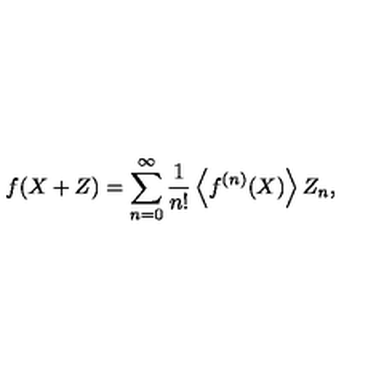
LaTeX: f ( X + Z ) = \sum _ { n = 0 } ^ { \infty } \frac { 1 } { n ! } \left\langle f ^ { ( n ) } ( X ) \right\rangle Z _ { n } ,